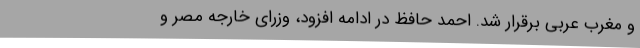
و مغرب عربی برقرار شد. احمد حافظ در ادامه افزود، وزرای خارجه مصر و